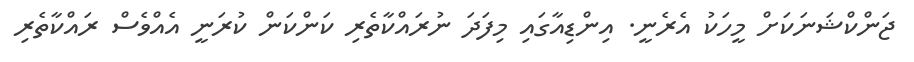
ޖަންކްޝަނަކަށް މީހަކު އެރެނީ. އިންޑިއާގައި މިފަދަ ނުރައްކާތެރި ކަންކަން ކުރަނީ އެއްވެސް ރައްކާތެރި